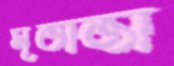
মূর্ত্তাজা